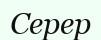
Серер